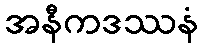
အနီကဒဿနံ